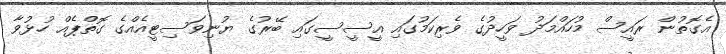
އެގޮތުން ރައީސް މުހައްމަދު ވަހީދުގެ ވެރިކަމުގައި އީސީސީގައި ބޭރުގެ ޔުނިވަސިޓީއެއްގެ ގޮތްޕެއް ހުޅުވާ